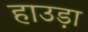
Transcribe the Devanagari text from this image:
हाउड़ा